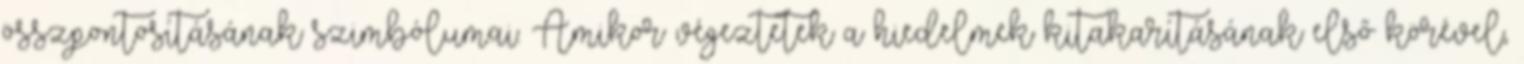
összpontosításának szimbólumai. Amikor végeztetek a hiedelmek kitakarításának első körével,